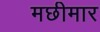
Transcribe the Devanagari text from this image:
मछीमार